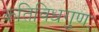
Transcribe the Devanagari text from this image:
कतिविधगुणः